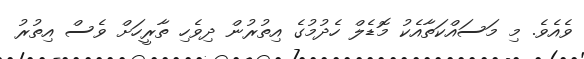
ވެއެވެ. މި މަސައްކަތާއެކު މޮޑެލް ހެދުމުގެ އިތުރުން ދިވެހި ތާރީހަށް ވެސް އިތުރު